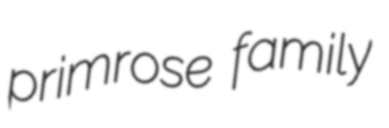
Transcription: primrose family